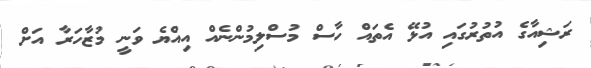
ރަޝިއާގެ އުތުރުގައި އުޅޭ އެތައް ހާސް މުސްލިމުންނެއް އިއްޔެ ވަނީ މުޒާހަރާ އަށް